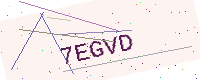
Text: 7EGVD